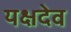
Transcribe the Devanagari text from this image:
यक्षदेव